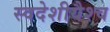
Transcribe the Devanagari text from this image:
स्वदेशीयैश्च